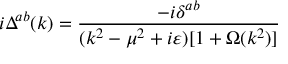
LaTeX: i \Delta ^ { a b } ( k ) = \frac { - i \delta ^ { a b } } { ( k ^ { 2 } - \mu ^ { 2 } + i \varepsilon ) [ 1 + \Omega ( k ^ { 2 } ) ] }